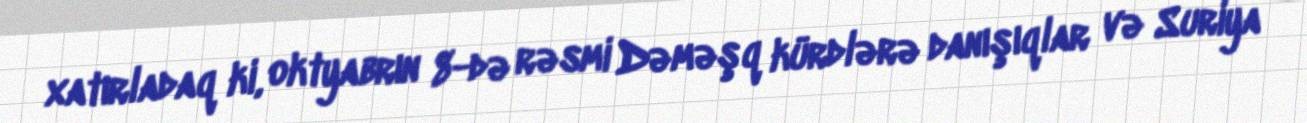
xatırladaq ki, oktyabrın 8-də rəsmi Dəməşq kürdlərə danışıqlar və Suriya